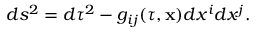
d s ^ { 2 } = d \tau ^ { 2 } - g _ { i j } ( \tau , { \bf x } ) d x ^ { i } d x ^ { j } .